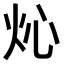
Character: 𤆸